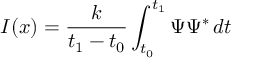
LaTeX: I ( x ) = { \frac { k } { t _ { 1 } - t _ { 0 } } } \int _ { t _ { 0 } } ^ { t _ { 1 } } \Psi \Psi ^ { \mathrm { * } } \, d t